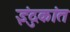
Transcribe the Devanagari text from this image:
इंदुकांत